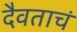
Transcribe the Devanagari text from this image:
दैवताचं